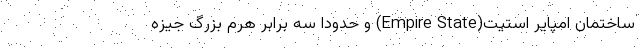
ساختمان امپایر استیت(Empire State) و حدودا سه برابر هرم بزرگ جیزه